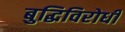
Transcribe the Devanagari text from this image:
बुद्धिविरोधी